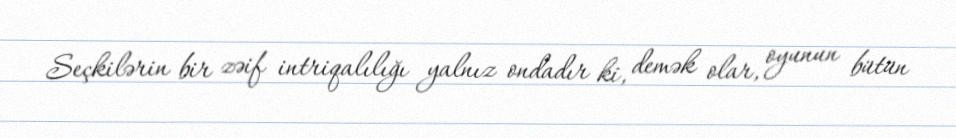
Seçkilərin bir zəif intriqalılığı yalnız ondadır ki, demək olar, oyunun bütün